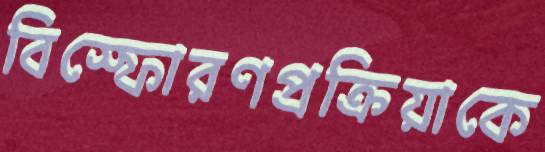
বিস্ফোরণপ্রক্রিয়াকে